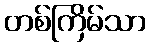
တစ်ကြိမ်သာ